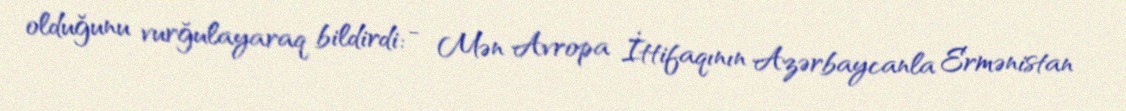
olduğunu vurğulayaraq bildirdi: - Mən Avropa İttifaqının Azərbaycanla Ermənistan